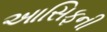
આસિફની